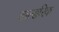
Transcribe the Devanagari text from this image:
वात्सरिक